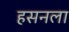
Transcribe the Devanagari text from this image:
हसनला